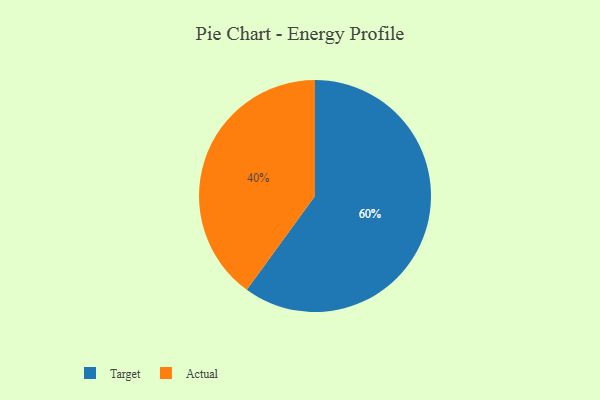
{"axis": {"x": "Category", "y": "Percentage"}, "legend": ["Actual", "Target"], "data": [{"x": "Actual", "y": 40, "type": "Actual"}, {"x": "Target", "y": 60, "type": "Target"}]}